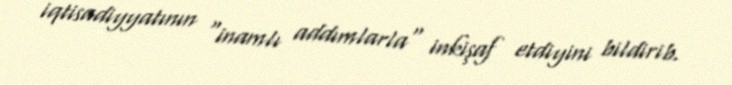
iqtisadiyyatının "inamlı addımlarla" inkişaf etdiyini bildirib.